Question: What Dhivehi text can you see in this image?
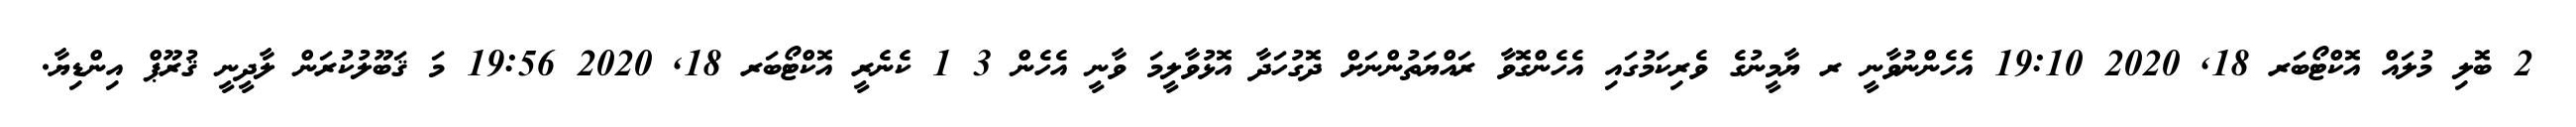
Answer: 2 ބޮލި މުލައް އޮކްޓޯބަރ 18, 2020 19:10 އެހެންނުވާނީ ރ ޔާމީނުގެ ވެރިކަމުގައި އެހެންގޮވާ ރައްޔަތުންނަށް ދޮގުހަދާ އޮޅުވާލީމަ ވާނީ އެހެން 3 1 ކެނެރީ އޮކްޓޯބަރ 18, 2020 19:56 މަ ޤަބޫލުކުރަން ލާދީނީ ޤުރޫޕް އިންޑިޔާ.